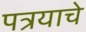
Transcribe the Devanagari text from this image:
पत्रयाचे